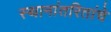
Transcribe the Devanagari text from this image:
स्थानांतरितांचे